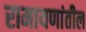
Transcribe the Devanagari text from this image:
रामायणांतील